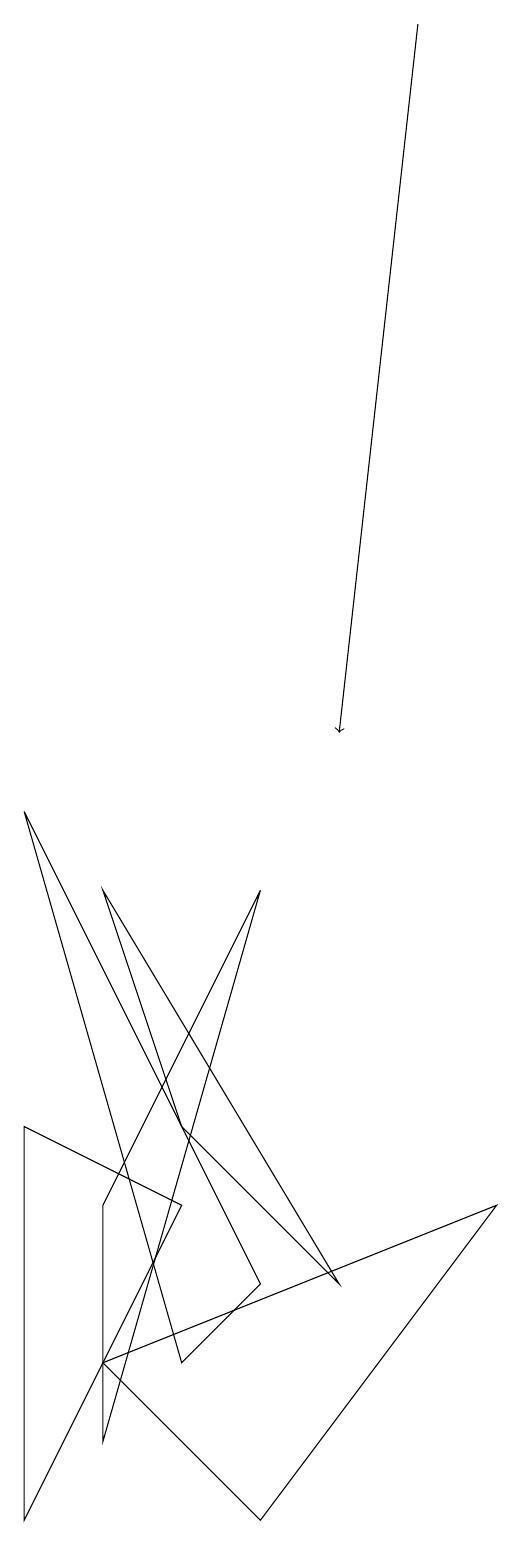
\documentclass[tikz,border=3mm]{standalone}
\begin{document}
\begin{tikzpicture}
\draw[->] (6,19) -- (5,10);
\draw (2,4) -- (2,1) -- (4,8) -- cycle;
\draw (4,3) -- (1,9) -- (3,2) -- cycle;
\draw (4,0) -- (7,4) -- (2,2) -- cycle;
\draw (1,5) -- (1,0) -- (3,4) -- cycle;
\draw (5,3) -- (3,5) -- (2,8) -- cycle;
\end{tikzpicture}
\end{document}